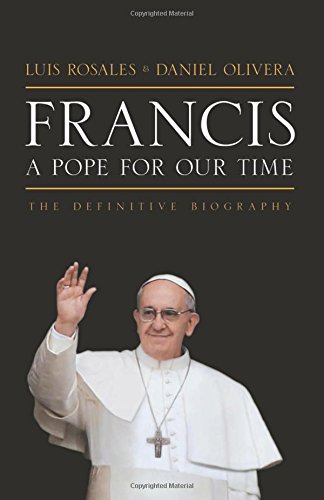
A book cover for Francis: A Pope for Our Time: The Definitive Biography; Luis Rosales; Biographies & Memoirs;